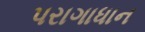
પરાગાધાન